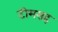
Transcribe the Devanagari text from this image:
टीमसह